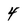
Character: 4